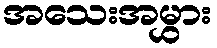
အသေးအမွှား